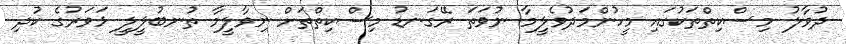
ދުވާލު މިސްކިތްތަކުގައި މީހުންމަދުވެލީމާ ނުވަތަ ރޭގަނޑު މިސްކިތްތަށް ނިވާލީމާ ތުނބުލީލީ ޅަވަރުގެ ކުދި